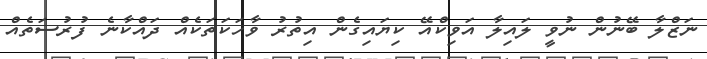
ނަޒްލާ ބޭނުން ނުވީ ލައިލާ އަވިކްއޭ ކިޔައިގެން އިތުރު ވާހަކަތަކެއް ދައްކާނެ ފުރުސަތެއް